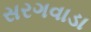
સરગવાડા